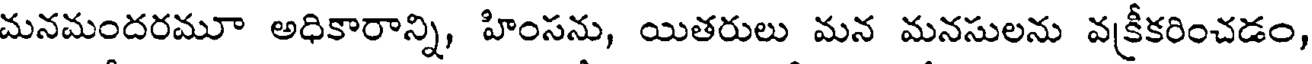
మనమందరమూ అధికారాన్ని, హింసను, యితరులు మన మనసులను వక్రీకరించడం,